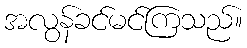
အလွန်ခင်မင်ကြသည်။